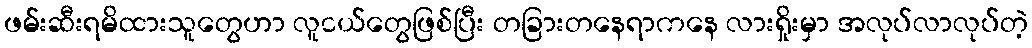
ဖမ်းဆီးရမိထားသူတွေဟာ လူငယ်တွေဖြစ်ပြီး တခြားတနေရာကနေ လားရှိုးမှာ အလုပ်လာလုပ်တဲ့